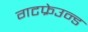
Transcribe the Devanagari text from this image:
गटफ्रेउन्ड